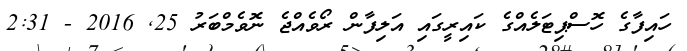
ހައިފާގެ ހޮސްޕިޓަލެއްގެ ކައިރީގައި އަލިފާން ރޯވެއްޖެ ނޮވެމްބަރު 25